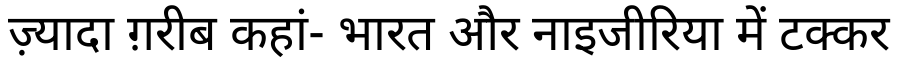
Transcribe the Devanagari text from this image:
ज़्यादा ग़रीब कहां- भारत और नाइजीरिया में टक्कर